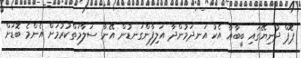
ޕޮޕް ދުނިޔޭގައި ބީބާއާ އެކު އަނދަމުންދާ އަލިފާންގަނޑުން އޭނާ ސަލާމަތްކުރުމަށް އެންމެ ބޮޑަށް